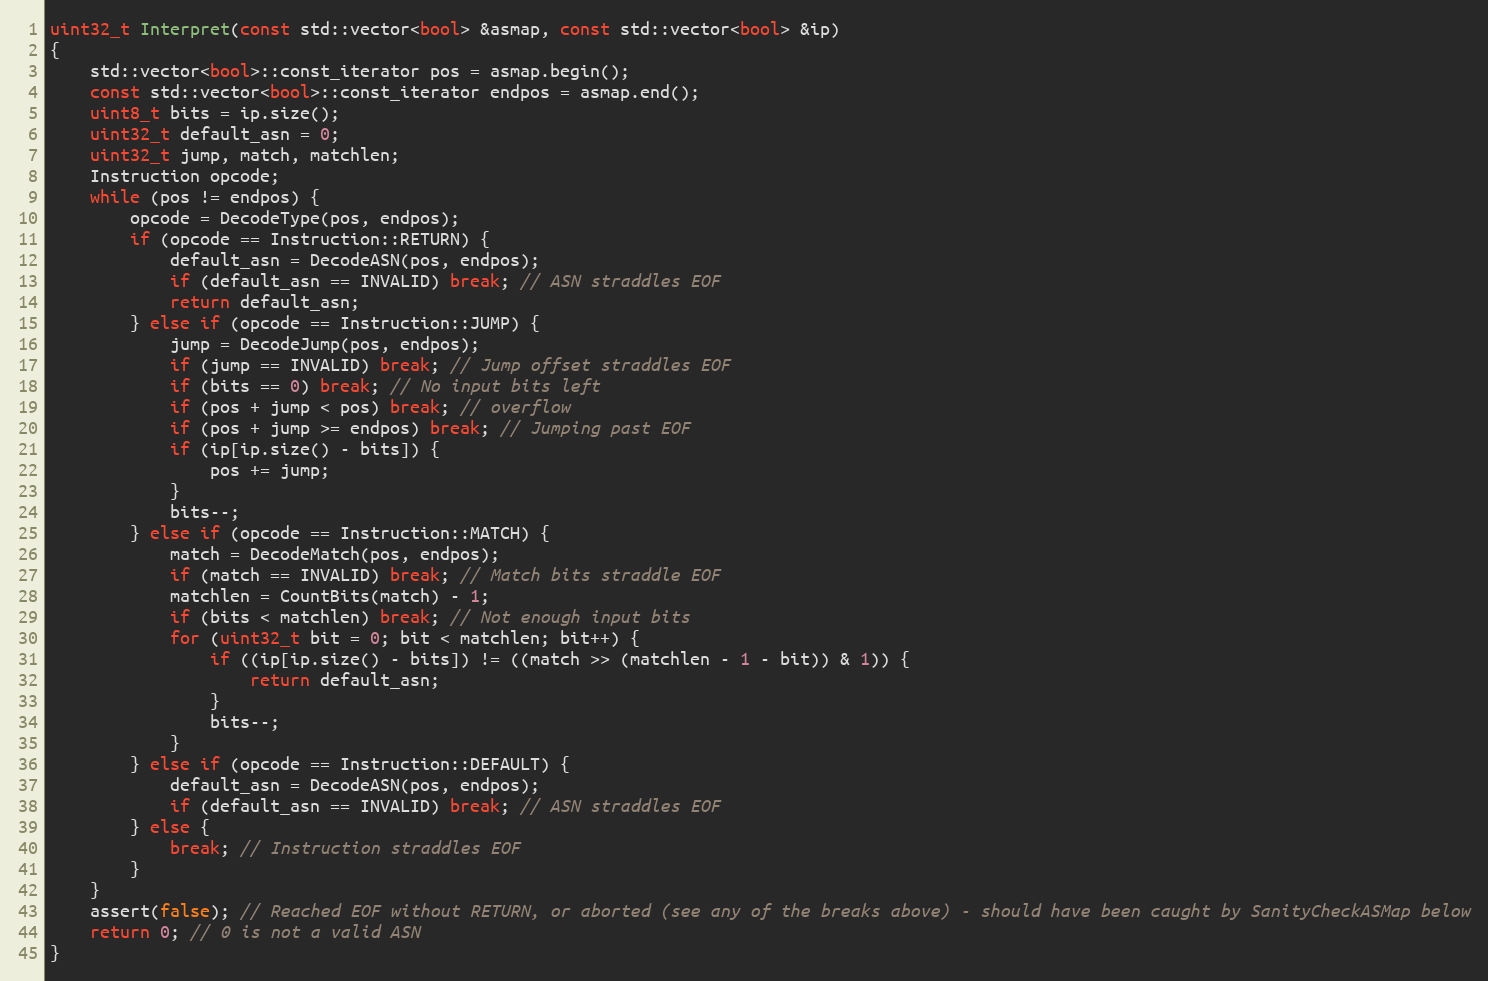
Language: C++
uint32_t Interpret(const std::vector<bool> &asmap, const std::vector<bool> &ip)
{
    std::vector<bool>::const_iterator pos = asmap.begin();
    const std::vector<bool>::const_iterator endpos = asmap.end();
    uint8_t bits = ip.size();
    uint32_t default_asn = 0;
    uint32_t jump, match, matchlen;
    Instruction opcode;
    while (pos != endpos) {
        opcode = DecodeType(pos, endpos);
        if (opcode == Instruction::RETURN) {
            default_asn = DecodeASN(pos, endpos);
            if (default_asn == INVALID) break; // ASN straddles EOF
            return default_asn;
        } else if (opcode == Instruction::JUMP) {
            jump = DecodeJump(pos, endpos);
            if (jump == INVALID) break; // Jump offset straddles EOF
            if (bits == 0) break; // No input bits left
            if (pos + jump < pos) break; // overflow
            if (pos + jump >= endpos) break; // Jumping past EOF
            if (ip[ip.size() - bits]) {
                pos += jump;
            }
            bits--;
        } else if (opcode == Instruction::MATCH) {
            match = DecodeMatch(pos, endpos);
            if (match == INVALID) break; // Match bits straddle EOF
            matchlen = CountBits(match) - 1;
            if (bits < matchlen) break; // Not enough input bits
            for (uint32_t bit = 0; bit < matchlen; bit++) {
                if ((ip[ip.size() - bits]) != ((match >> (matchlen - 1 - bit)) & 1)) {
                    return default_asn;
                }
                bits--;
            }
        } else if (opcode == Instruction::DEFAULT) {
            default_asn = DecodeASN(pos, endpos);
            if (default_asn == INVALID) break; // ASN straddles EOF
        } else {
            break; // Instruction straddles EOF
        }
    }
    assert(false); // Reached EOF without RETURN, or aborted (see any of the breaks above) - should have been caught by SanityCheckASMap below
    return 0; // 0 is not a valid ASN
}